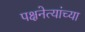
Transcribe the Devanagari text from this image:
पक्षनेत्यांच्या